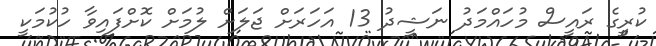
ކުރީގެ ރައީސް މުހައްމަދު ނަޝީދު 13 އަހަރަށް ޖަލަށް ލުމަށް ކޮށްފައިވާ ހުކުމަކީ